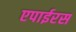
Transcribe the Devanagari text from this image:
एपाईरस